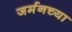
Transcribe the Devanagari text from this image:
जर्मनच्या